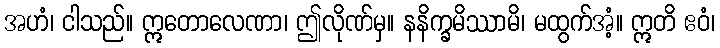
အဟံ၊ ငါသည်။ ဣတောလေဏာ၊ ဤလိုဏ်မှ။ နနိက္ခမိဿာမိ၊ မထွက်အံ့။ ဣတိ ဧဝံ၊